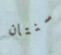
سنتان